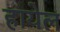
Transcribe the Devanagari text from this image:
हायेल